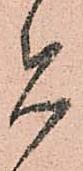
者